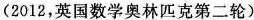
(2012，英国数学奥林匹克第二轮)